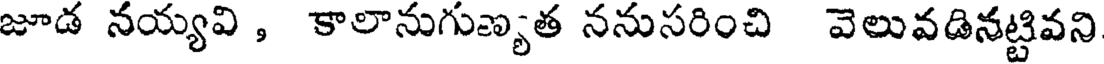
జూడ నయ్యవి , కాలానుగుణ్యత ననుసరించి వెలువడినట్టివని